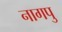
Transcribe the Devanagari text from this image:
नागपु